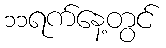
၁၁ရက်နေ့တွင်